Tartu_linnavalitsus, lk 6
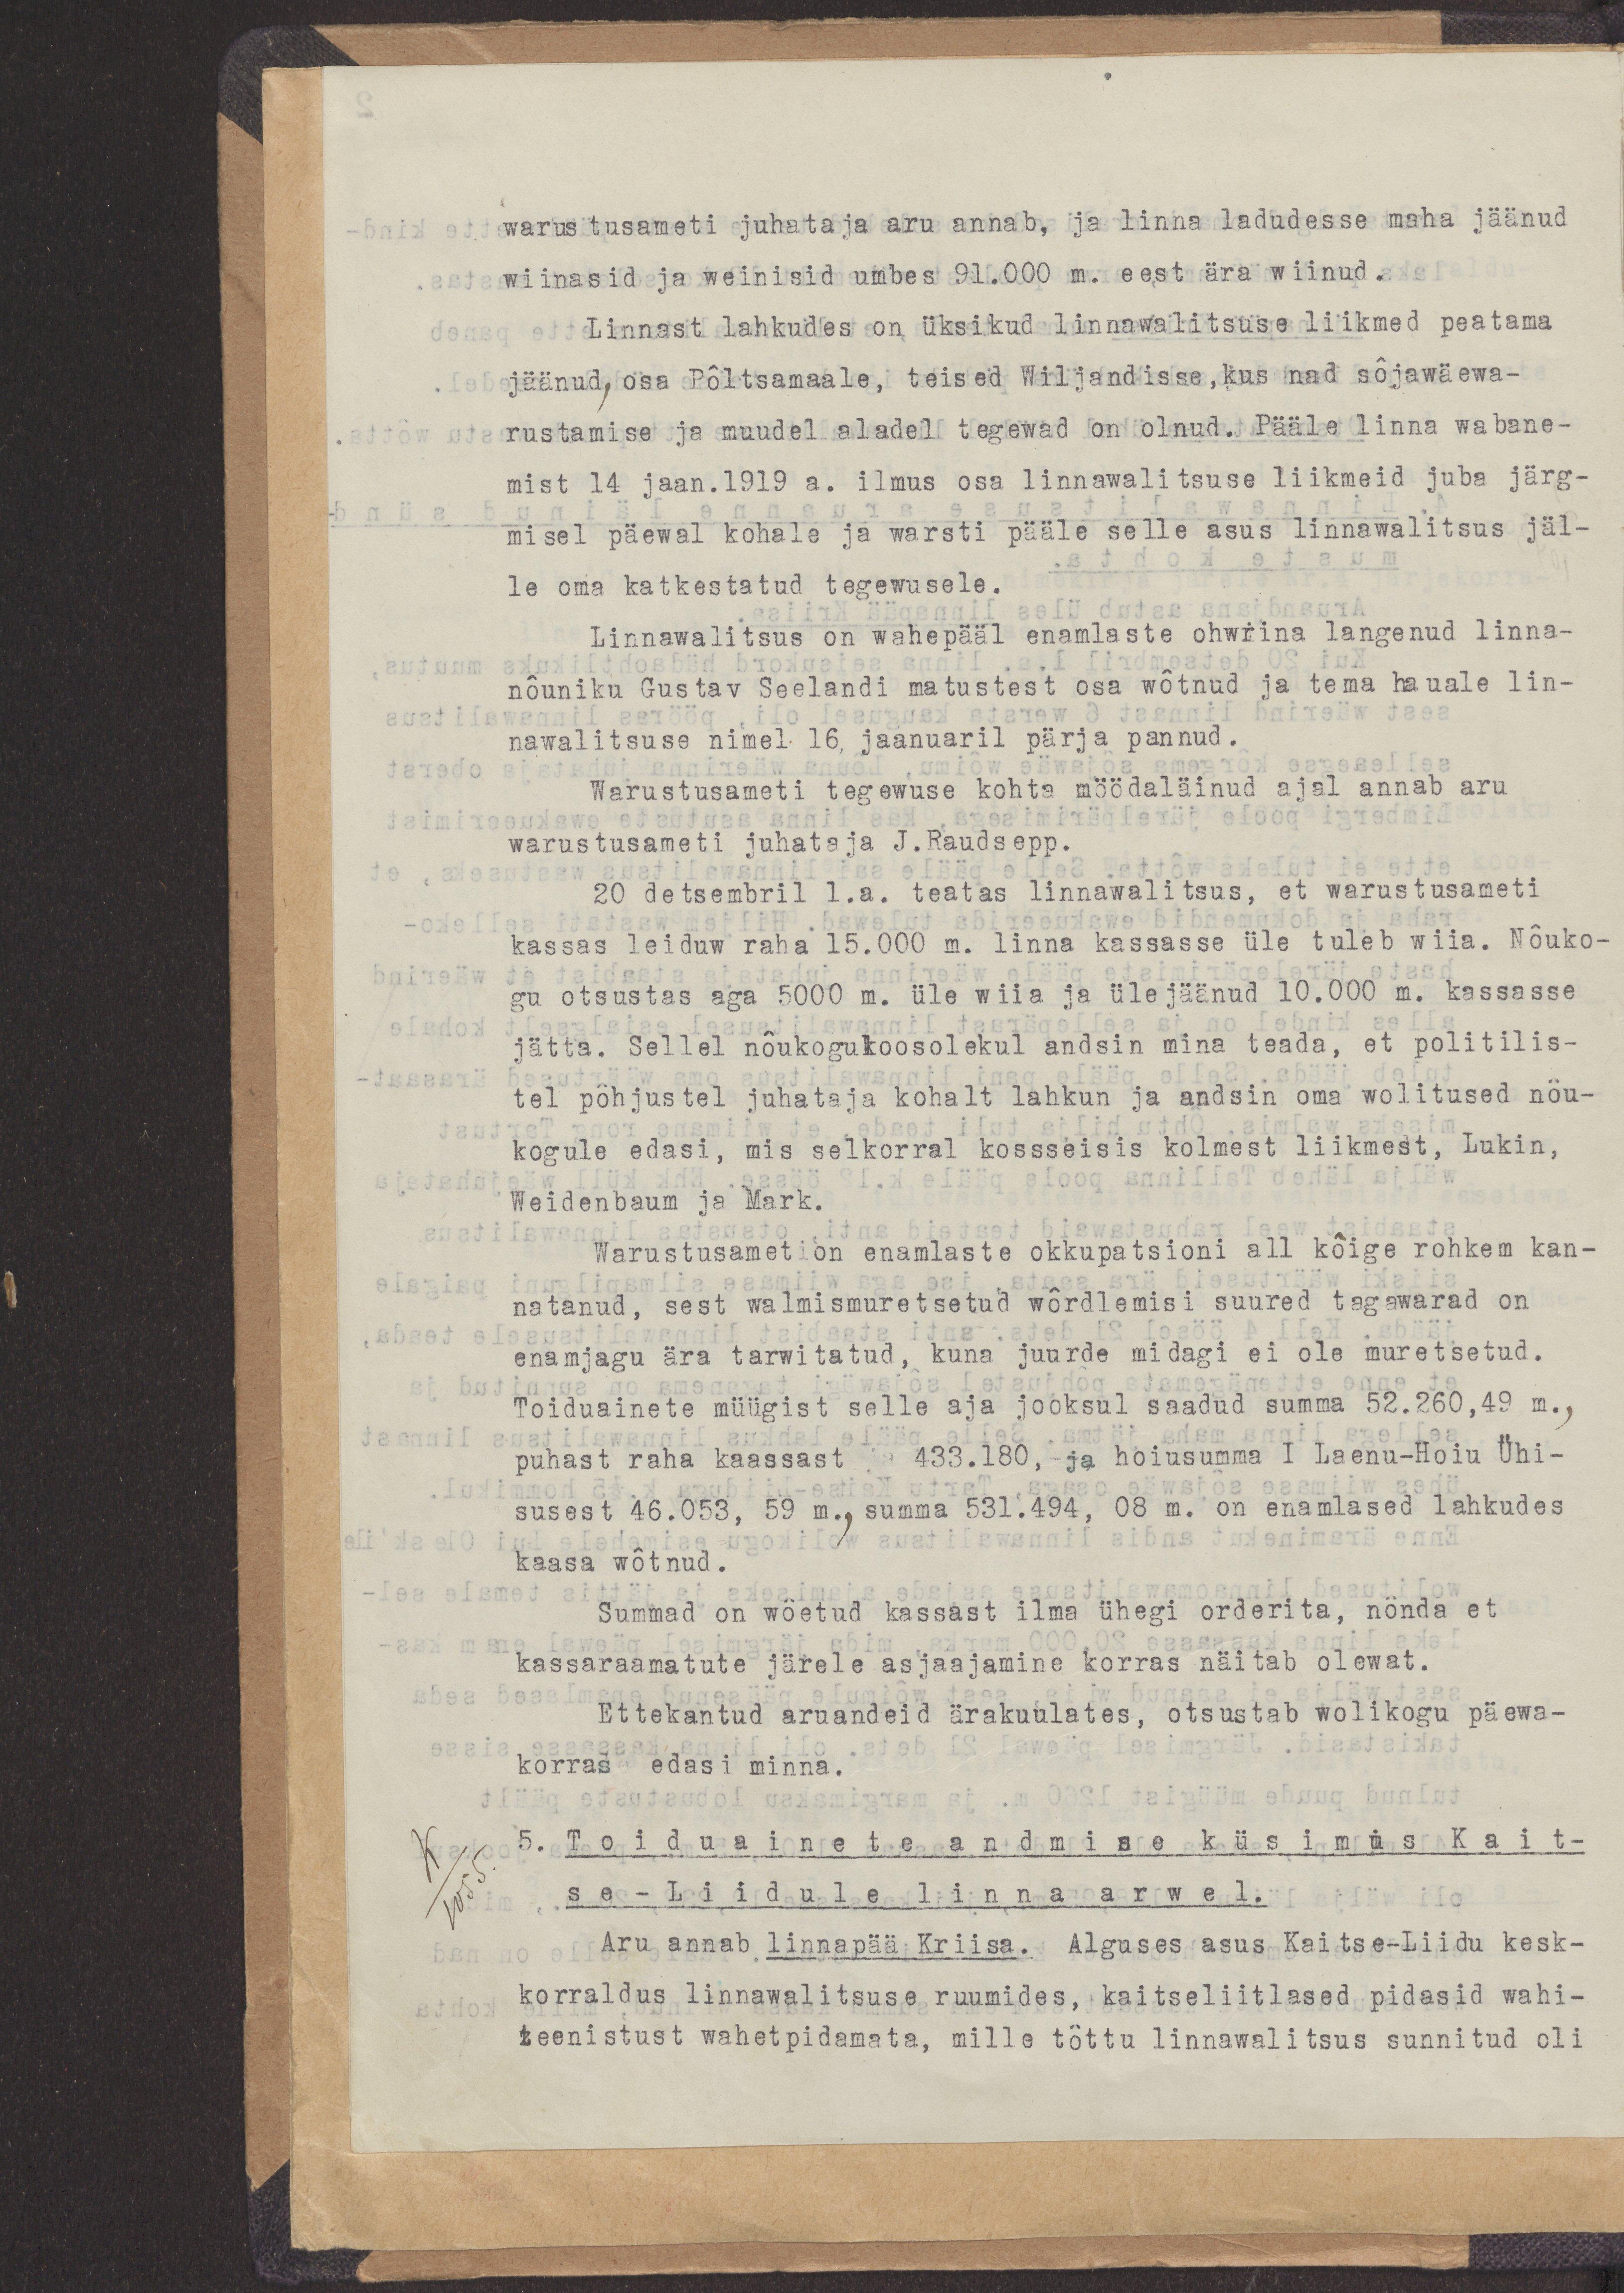
warustusameti juhataja aru annab, ja linna ladudesse maha jäänud
wiinasid ja weinisid umbes 91.000 m. eest ära wiinud.
Linnast lahkudes on üksikud linnawalitsuse liikmed peatama
jäänud, osa Põltsamaale, teised Wiljandisse, kus nad sõjawäewa-
rustamise ja muudel aladel tegewad on olnud. Pääle linna wabane-
mist 14 jaan. 1919 a. ilmus osa linnawalitsuse liikmeid juba järg-
misel päewal kohale ja warsti pääle selle asus linnawalitsus jäl-
le oma katkestatud tegewusele.
Linnawalitsus on wahepääl enamlaste ohwrina langenud linna-
nõuniku Gustav Seelandi matustest osa wõtnud ja tema hauale lin-
nawalitsuse nimel 16 jaanuaril pärja pannud.
Warustusameti tegewuse kohta möödaläinud ajal annab aru
warustusameti juhataja J.Raudsepp.
20 detsembril l.a. teatas linnawalitsus, et warustusameti
kassas leiduw raha 15.000 m. linna kassasse üle tuleb wiia. Nõuko-
gu otsustas aga 5000 m. üe wiia ja ülejäänud 10.000 m. kassasse
jätta. Sellel nõukogukoosolekul andsin mina teada, et politilis-
tel põhjustel juhataja kohalt lahkun ja andsin oma wolitused nõu-
kogule edasi, mis selkorral kossseisis kolmest liikmest, Lukin,
Weidebaum ja Mark.
Warustusamet on enamlaste okkupatsioni all kõige rohkem kan-
natanud, sest walmismuretsetud wõrdlemisi suured tagawarad on
enamjagu ära tarwitatud, kuna juurde midagi ei ole muretsetud.
Toiduainete müügist selle aja jooksul saadud summa 52.260, 49 m.,
puhast raha kaassast 433.180, ja hoiusumma I Laenu-Hoiu Ühi-
susest 46.053, 59 m., summa 531.494, 08 m. on enamlased lahkudes
kaasa wõtnud.
Summad on wõetud kassast ilma ühegi orderita, nõnda et 
kassaraamatute järele asjaajamine korras näitab olewat.
Ettekantud aruandeid ärakuulates, otsustab wolikogu päewa-
korras edasi minna.
5. Toiduainete andmise küsimus Kaits-
se-Liidule linna arwel.
Aru annab linnapää Kriisa. Alguses asus Kaitse-Liidu kesk-
korraldus linnawalitsuse ruumides, kaitseliitlased pidasid wahi-
teenistust wahetpidamata, mille tõttu linnawalitsus sunnitud oli